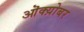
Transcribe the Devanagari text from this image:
ऒक्य़ोबर